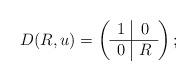
LaTeX: \begin{align*}D(R, u) = \left(\begin{array}{c|c} 1 & 0 \\ \hline 0 & R \end{array}\right);\end{align*}